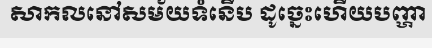
សាកលនៅសម័យទំនើប ដូច្នេះហើយបញ្ហា